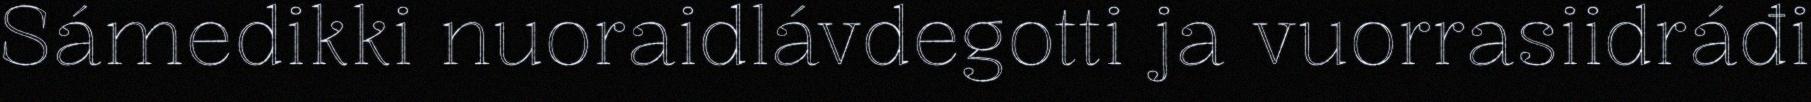
Sámedikki nuoraidlávdegotti ja vuorrasiidráđi